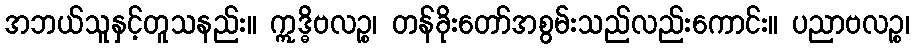
အဘယ်သူနှင့်တူသနည်း။ ဣဒ္ဓိဗလဉ္စ၊ တန်ခိုးတော်အစွမ်းသည်လည်းကောင်း။ ပညာဗလဉ္စ၊